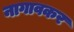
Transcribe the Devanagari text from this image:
नागावकर